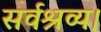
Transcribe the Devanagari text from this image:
सर्वश्रव्य।